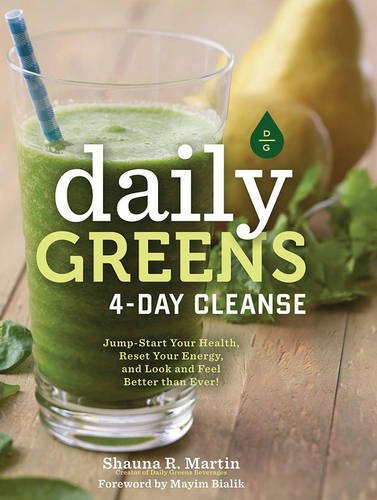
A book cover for Daily Greens 4-Day Cleanse: Jump Start Your Health, Reset Your Energy, and Look and Feel Better than Ever!; Shauna R. Martin; Cookbooks, Food & Wine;